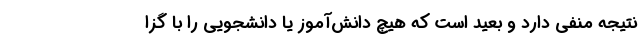
نتیجه منفی دارد و بعید است که هیچ دانش‌آموز یا دانشجویی را با گزا